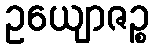
ဥယျောဇဉ္စ